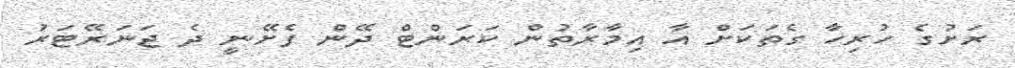
ރަށުގެ ހުރިހާ ގެތަކަށް އާ އިމާރާތުން ކަރަންޓް ދޭން ފެށޭނީ ދެ ޖަނަރޭޓަރު